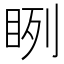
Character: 𥆁